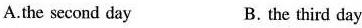
A.the second day B. the third day